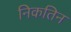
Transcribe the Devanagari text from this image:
निकतिन